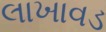
લાખાવડ